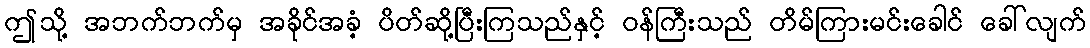
ဤသို့ အဘက်ဘက်မှ အခိုင်အခံ့ ပိတ်ဆို့ပြီးကြသည်နှင့် ဝန်ကြီးသည် တိမ်ကြားမင်းခေါင် ခေါ်လျက်